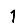
Digit: 1